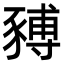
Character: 𧱹